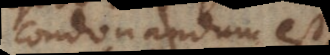
condonandum est,